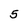
Character: 5